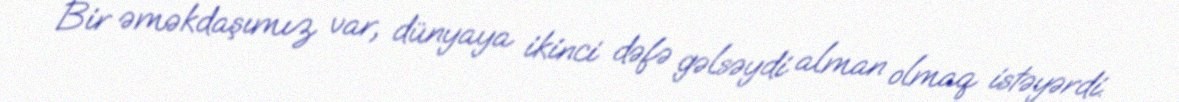
Bir əməkdaşımız var, dünyaya ikinci dəfə gəlsəydi alman olmaq istəyərdi.